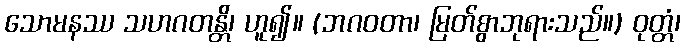
သောမနဿ သဟဂတန္တိ၊ ဟူ၍။ (ဘဂဝတာ၊ မြတ်စွာဘုရားသည်။) ဝုတ္တံ၊